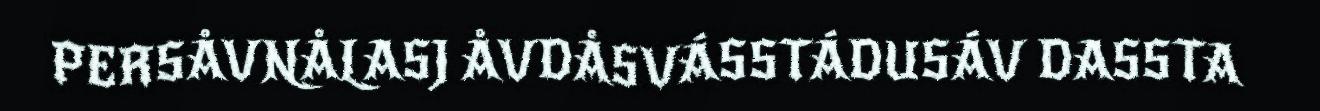
PERSÅVNÅLASJ ÅVDÅSVÁSSTÁDUSÁV DASSTA